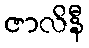
ဇာလိနီ